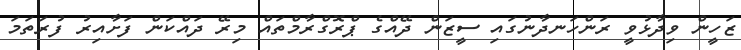
ޒަހީން ވިދާޅުވީ ރަންހަނދާނުގައި ސީޒަން ދޭއްގެ ޕްރޮގްރާމްތައް މިރޭ ދައްކަން ފަށާއިރު ފުރަތަމަ